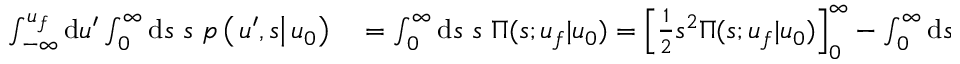
\begin{array} { r l } { \int _ { - \infty } ^ { u _ { f } } \mathrm { d } u ^ { \prime } \int _ { 0 } ^ { \infty } \mathrm { d } s \ s \ p \left( \left. u ^ { \prime } , s \right| u _ { 0 } \right) } & { { } = \int _ { 0 } ^ { \infty } \mathrm { d } s \ s \ \Pi ( s ; u _ { f } | u _ { 0 } ) = \left[ \frac { 1 } { 2 } s ^ { 2 } \Pi ( s ; u _ { f } | u _ { 0 } ) \right] _ { 0 } ^ { \infty } - \int _ { 0 } ^ { \infty } \mathrm { d } s \ \frac { 1 } { 2 } s ^ { 2 } \ \frac { \mathrm { d } \Pi ( s ; u _ { f } | u _ { 0 } ) } { \mathrm { d } s } = } \end{array}